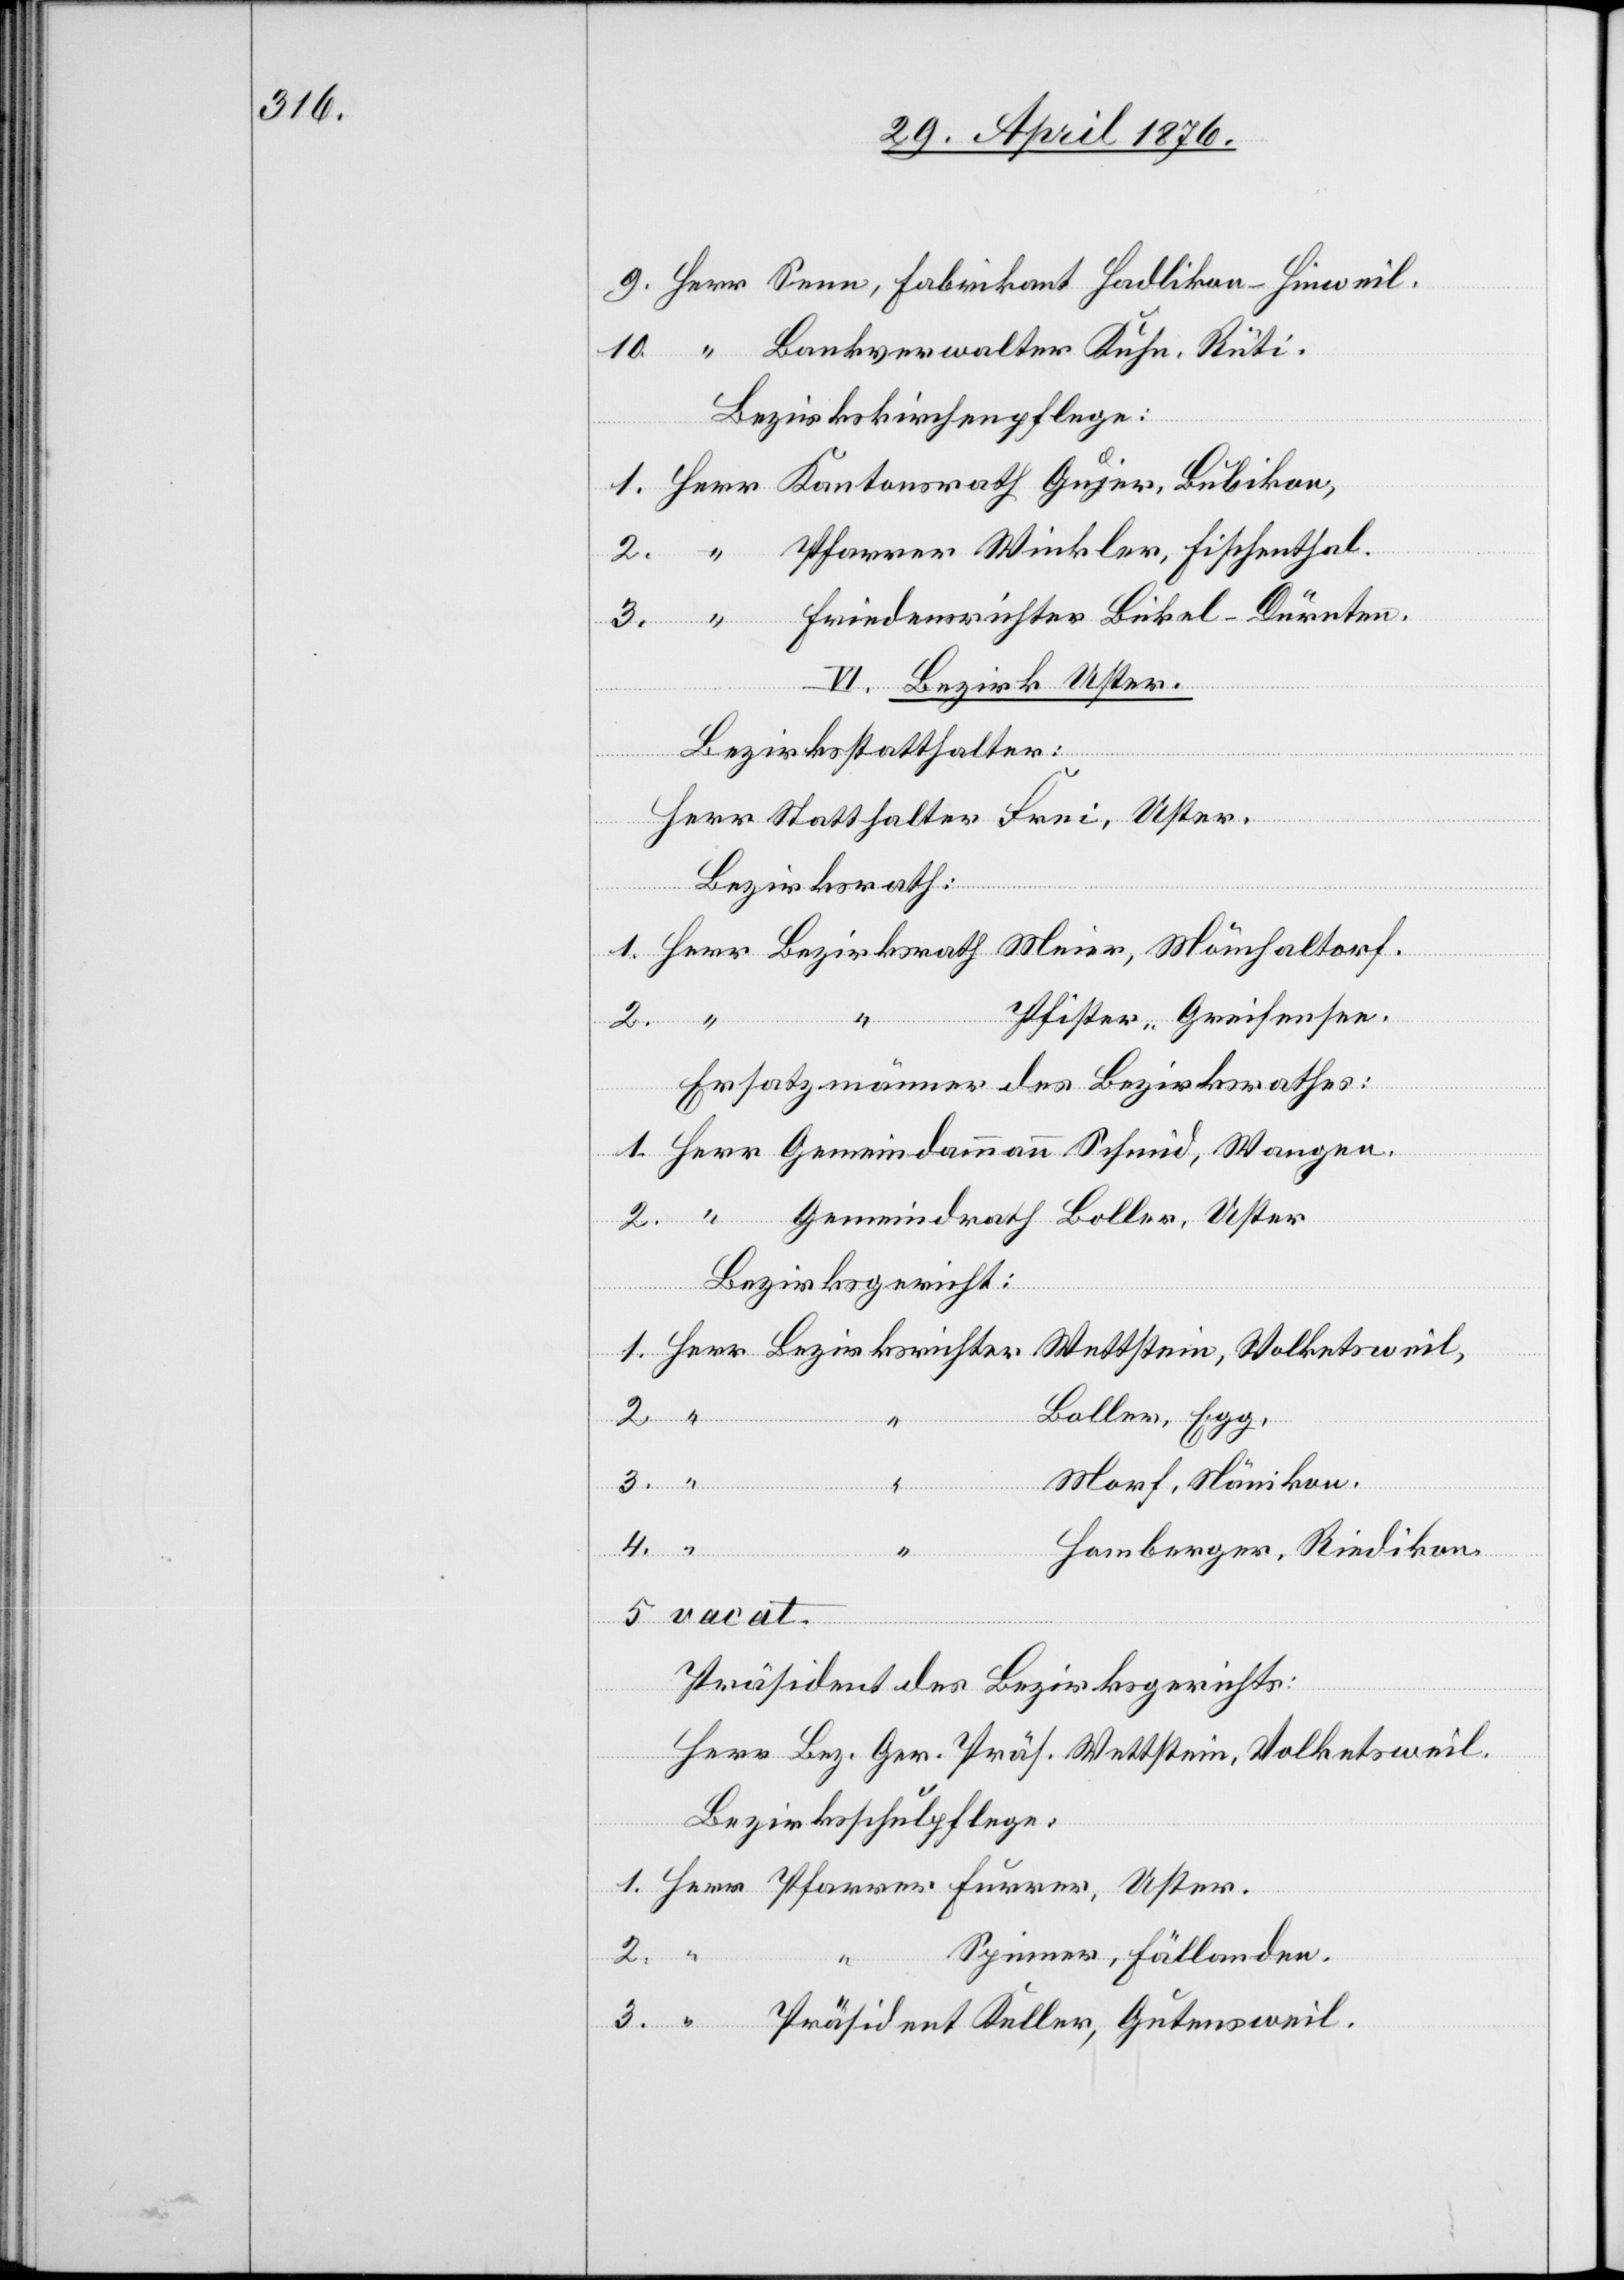
dent
VI. Bezirk Uster.
Bezirksstatthalter:
Herr Statthalter Frei, Uster.
Bezirksrath
“
Pfister, Greifensee.
5.
Ersatzmänner des Bezirksrathes:
Gemeindeammann
3.
Bezirksricht¬
Präsi¬
Wettstein, Volketsweil,
Boller, Egg,
vacat.
Morf, Nänikon.
Pfarrer
Keller,
Homberger, Riedikon.
er
Präsident des Bezirksgerichts:
Herr Bez. Ger. Präs. Wettstein, Volketsweil.
Bezirksschulpflege:
Spinner, Fällanden.
Guntersweil.
1.